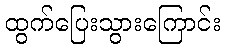
ထွက်ပြေးသွားကြောင်း